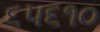
૬૫૬૧૦